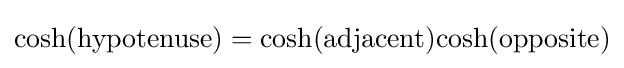
{\textrm {cosh(hypotenuse)}}={\textrm {cosh(adjacent)}}{\textrm {cosh(opposite)}}